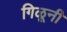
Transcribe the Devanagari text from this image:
गिळूनी